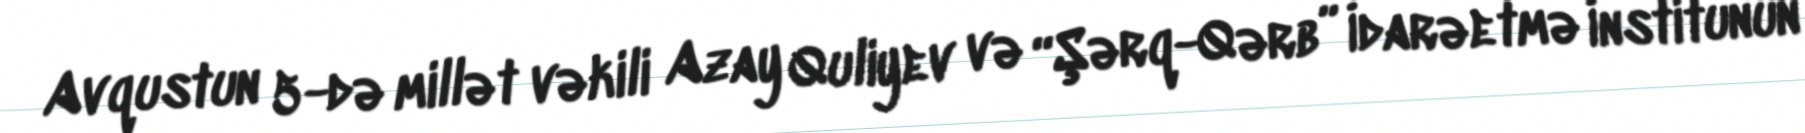
Avqustun 5-də millət vəkili Azay Quliyev və “Şərq-Qərb” İdarəetmə İnstitunun